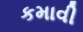
કમાવી